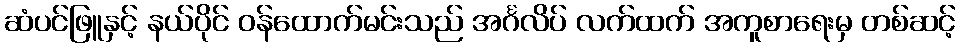
ဆံပင်ဖြူနှင့် နယ်ပိုင် ဝန်ထောက်မင်းသည် အင်္ဂလိပ် လက်ထက် အကူစာရေးမှ တစ်ဆင့်